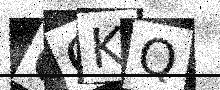
Text: OGKQ